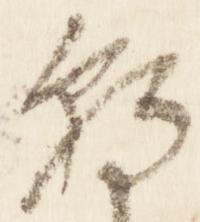
朝